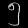
Digit: ၅